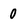
Character: 0